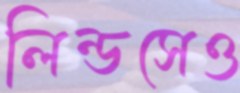
লিন্ডসেও